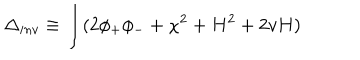
LaTeX: \Delta _ { i n v } \equiv \int ( 2 \phi _ { + } \phi _ { - } + \chi ^ { 2 } + H ^ { 2 } + 2 v H )